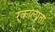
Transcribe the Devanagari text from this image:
रकाल्पता